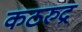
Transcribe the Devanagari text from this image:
कठरुद्र